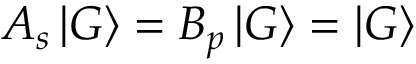
A _ { s } \mathinner { | { G } \rangle } = B _ { p } \mathinner { | { G } \rangle } = \mathinner { | { G } \rangle }